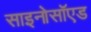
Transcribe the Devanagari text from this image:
साइनोसॉएड